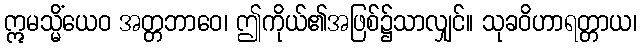
ဣမသ္မိံယေဝ အတ္တဘာဝေ၊ ဤကိုယ်၏အဖြစ်၌သာလျှင်။ သုခဝိဟာရတ္တာယ၊